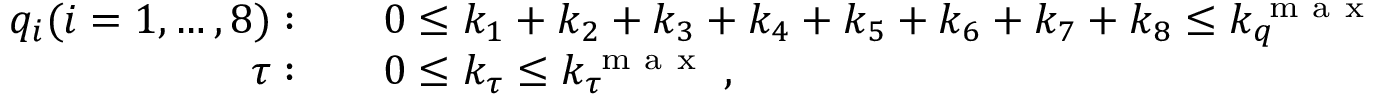
\begin{array} { r l } { q _ { i } ( i = 1 , \ldots , 8 ) : \quad } & { { } 0 \le k _ { 1 } + k _ { 2 } + k _ { 3 } + k _ { 4 } + k _ { 5 } + k _ { 6 } + k _ { 7 } + k _ { 8 } \le k _ { q } ^ { \mathrm { ~ m ~ a ~ x ~ } } } \\ { \tau : \quad } & { { } 0 \le k _ { \tau } \le k _ { \tau } ^ { \mathrm { ~ m ~ a ~ x ~ } } \; , } \end{array}